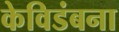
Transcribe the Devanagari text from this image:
केविडंबना